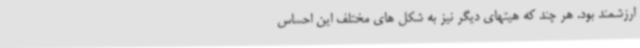
ارزشمند بود. هر چند که هیتهای دیگر نیز به شکل های مختلف این احساس